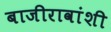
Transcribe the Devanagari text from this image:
बाजीरावांशी